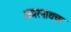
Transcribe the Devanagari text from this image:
अमरनाथचा